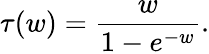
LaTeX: \tau(w)={\frac{w}{1-e^{-w}}}.